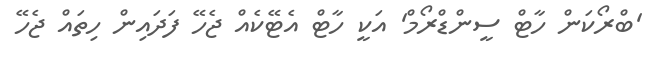
'ބްރޯކަން ހާޓް ސީންޑްރޯމް' އަކީ ހާޓް އެޓޭކެއް ޖެހޭ ފަދައިން ހިތައް ޖެހޭ